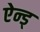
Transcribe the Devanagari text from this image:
ऐन्ड्